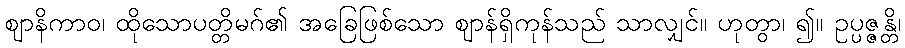
ဈာနိကာဝ၊ ထိုသောပတ္တိမဂ်၏ အခြေဖြစ်သော ဈာန်ရှိကုန်သည် သာလျှင်။ ဟုတွာ၊ ၍။ ဥပ္ပဇ္ဇန္တိ၊